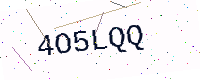
Text: 4O5LQQ